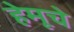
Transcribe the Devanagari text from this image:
हेमूचे